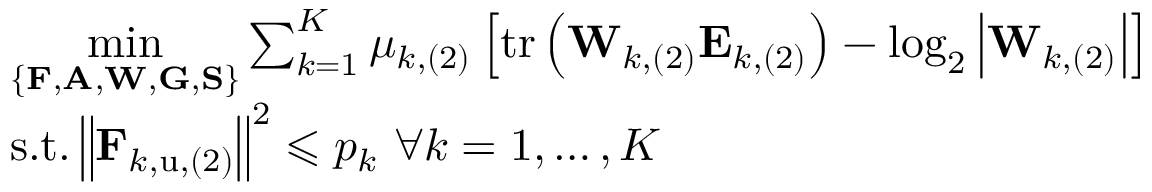
\begin{array} { r l } & { \underset { \left\{ \mathbf { F } , \mathbf { A } , \mathbf { W } , \mathbf { G } , \mathbf { S } \right\} } { \operatorname* { m i n } } \sum _ { k = 1 } ^ { K } { \mu _ { k , ( 2 ) } } \left[ \mathrm { t r } \left( \mathbf { W } _ { k , ( 2 ) } \mathbf { E } _ { k , ( 2 ) } \right) - \log _ { 2 } \left| \mathbf { W } _ { k , ( 2 ) } \right| \right] } \\ & { \mathrm { s } . \mathrm { t } . \left\| \mathbf { F } _ { k , \mathrm { u } , ( 2 ) } \right\| ^ { 2 } \leqslant p _ { k } \, \, \forall k = 1 , \dots , K } \end{array}